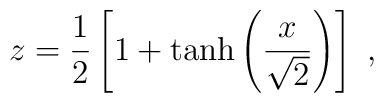
z = {1\over 2} \left [       1 + \tanh \left ( {x\over \sqrt{2}} \right )               \right ] \ ,